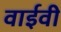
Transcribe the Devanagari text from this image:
वाईवी